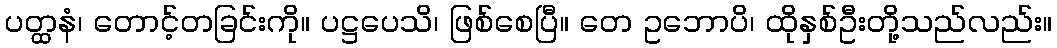
ပတ္ထနံ၊ တောင့်တခြင်းကို။ ပဋ္ဌပေသိ၊ ဖြစ်စေပြီ။ တေ ဥဘောပိ၊ ထိုနှစ်ဦးတို့သည်လည်း။